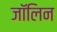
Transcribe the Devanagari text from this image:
जॉलिन